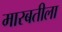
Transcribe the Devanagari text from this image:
मारबतीला